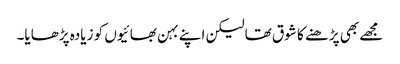
مجھے بھی پڑھنے کا شوق تھا لیکن اپنے بہن بھائیوں کو زیادہ پڑھایا۔